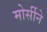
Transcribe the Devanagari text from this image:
मोर्सीने